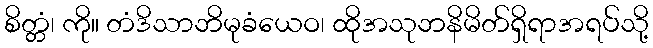
စိတ္တံ၊ ကို။ တံဒိသာဘိမုခံယေဝ၊ ထိုအသုဘနိမိတ်ရှိရာအရပ်သို့